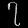
Digit: ၇